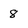
Character: 8